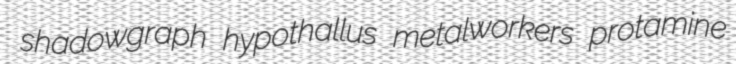
shadowgraph hypothallus metalworkers protamine